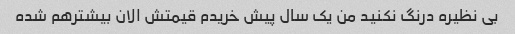
بی نظیره درنگ نکنید من یک سال پیش خریدم قیمتش الان بیشترهم شده